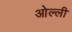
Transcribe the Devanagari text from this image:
ओल्ली